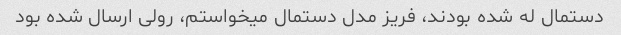
دستمال له شده بودند، فریز مدل دستمال میخواستم، رولی ارسال شده بود